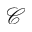
\mathcal { C }